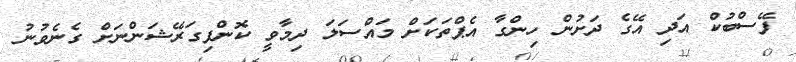
ފޭސްބުކް އަދި އޭގެ ދަށުން ހިންގާ އެޕްތަކަށް މައްސަލަ ދިމާވީ ކޮންފިގަރޭޝަންނަށް ގެނެވުނު